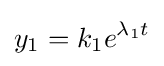
y_{1}=k_{1}e^{\lambda _{1}t}